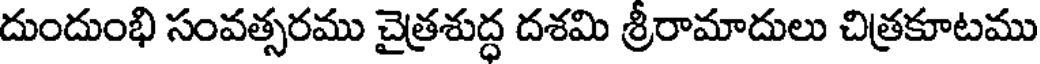
దుందుంభి సంవత్సరము చైత్రశుద్ధ దశమి శ్రీరామాదులు చిత్రకూటము